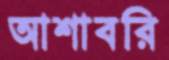
আশাবরি